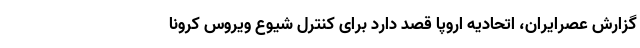
گزارش عصرایران، اتحادیه اروپا قصد دارد برای کنترل شیوع ویروس کرونا